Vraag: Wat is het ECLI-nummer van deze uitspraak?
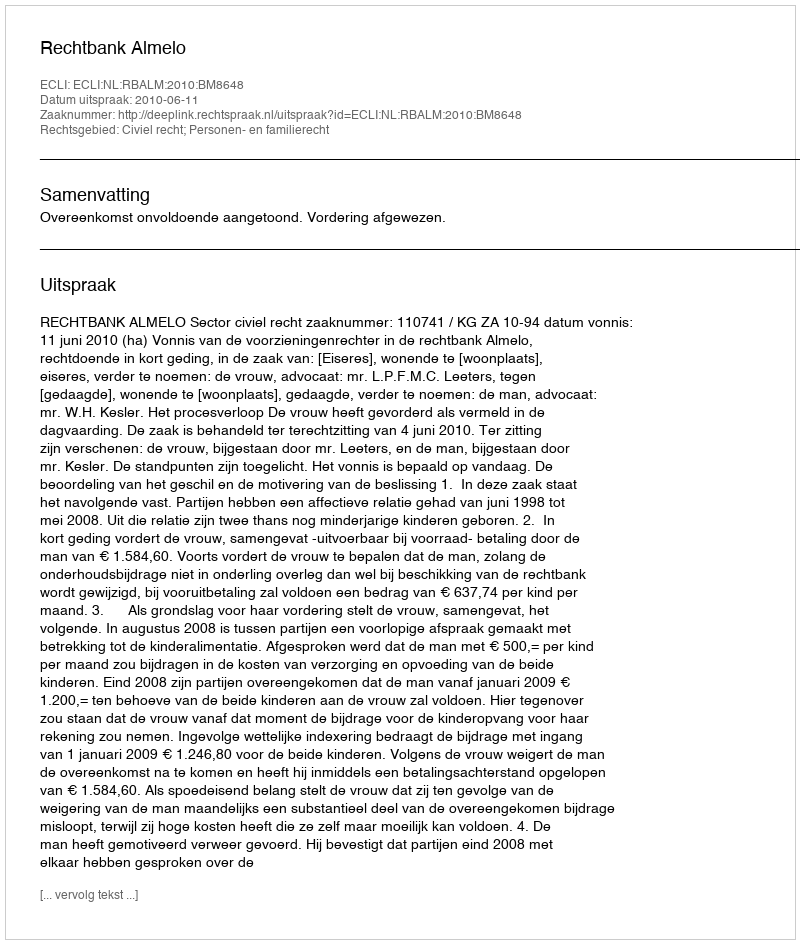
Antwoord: ECLI:NL:RBALM:2010:BM8648